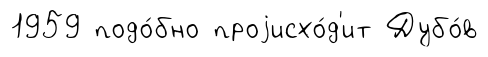
1959 подо́бно проjисхо́д'ит Дубо́в